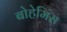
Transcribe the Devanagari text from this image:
बोहेमिंस